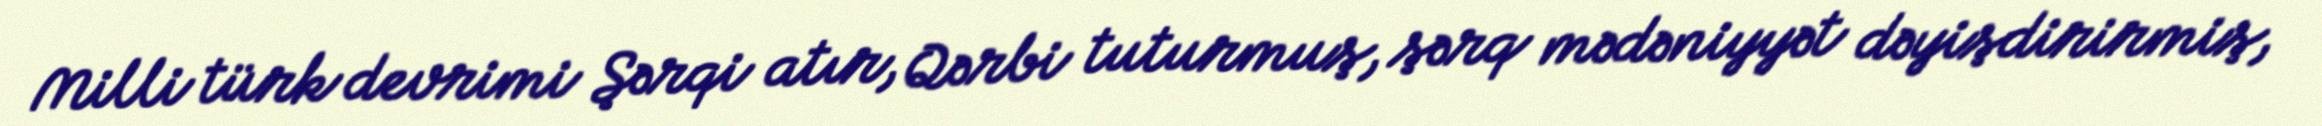
Milli türk devrimi Şərqi atır, Qərbi tuturmuş, şərq mədəniyyət dəyişdirirmiş,